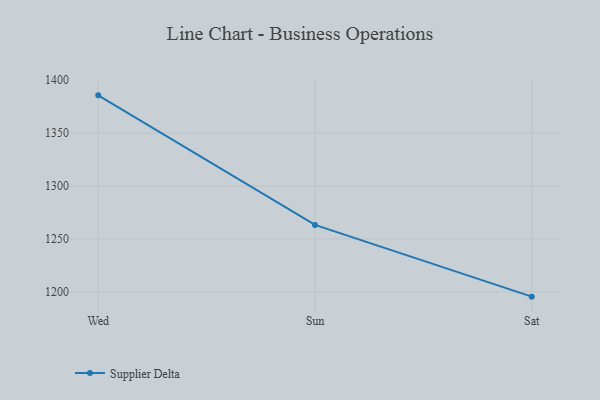
{"axis": {"x": "Day", "y": "Market Share (%)"}, "legend": ["Supplier Delta"], "data": [{"x": "Wed", "y": 1385.5, "type": "Supplier Delta"}, {"x": "Sun", "y": 1263.2, "type": "Supplier Delta"}, {"x": "Sat", "y": 1195.5, "type": "Supplier Delta"}]}